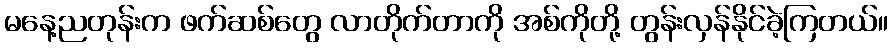
မနေ့ညတုန်းက ဖက်ဆစ်တွေ လာတိုက်တာကို အစ်ကိုတို့ တွန်းလှန်နိုင်ခဲ့ကြတယ်။